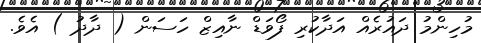
މުހިންމު ދައުރެއް އަދާކުރި ފޯވަޑް ނާއިޒް ހަސަން ( ދާދު ) އެވެ.